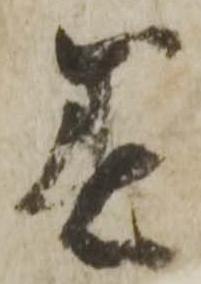
着